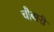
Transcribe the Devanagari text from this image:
चौबारी